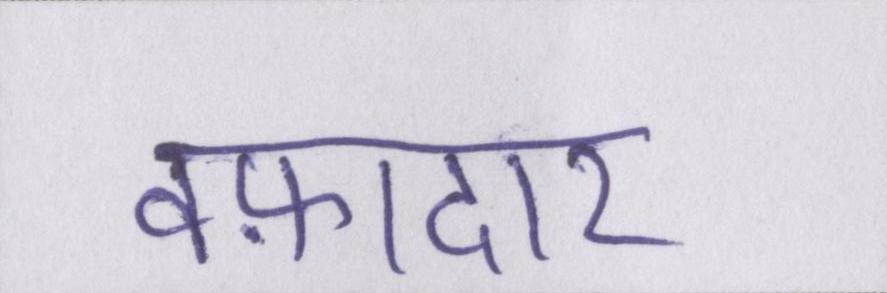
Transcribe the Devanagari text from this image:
वफ़ादार